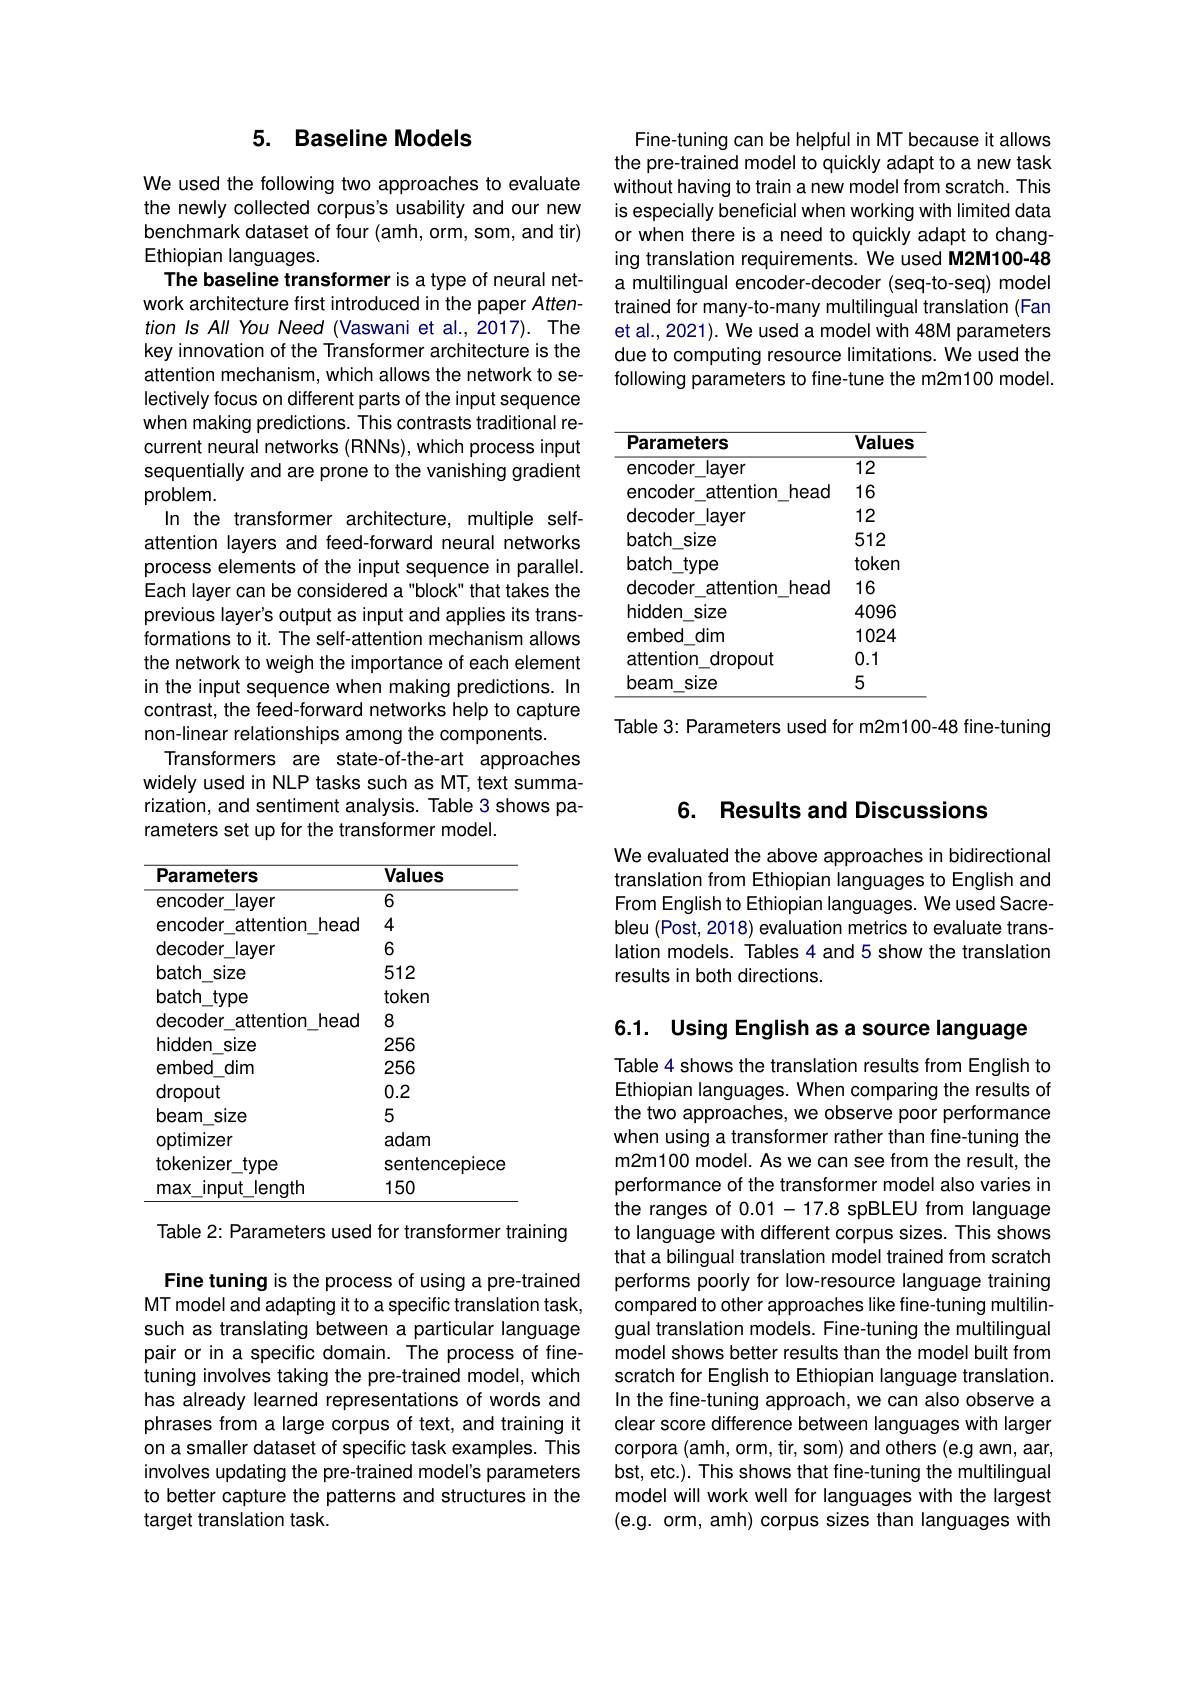
Fine-tuning can be helpful in MT because it allows the pre-trained model to quickly adapt to a new task without having to train a new model from scratch. This is especially beneficial when working with limited data or when there is a need to quickly adapt to changing translation requirements. We used M2M100-48 a multilingual encoder-decoder (seq-to-seq) model trained for many-to-many multilingual translation (Fan et al., 2021). We used a model with 48M parameters due to computing resource limitations. We used the following parameters to fine-tune the m2m100 model.

<table>
	<tbody>
		<tr>
			<th>Parameters</th>
			<th>Values</th>
		</tr>
		<tr>
			<td>encoder l layer</td>
			<td>$\overline{12}$</td>
		</tr>
		<tr>
			<td>encoder attention head</td>
			<td>16</td>
		</tr>
		<tr>
			<td>decoder layer</td>
			<td>12</td>
		</tr>
		<tr>
			<td>batch size</td>
			<td>512</td>
		</tr>
		<tr>
			<td>batch type </td>
			<td>token</td>
		</tr>
		<tr>
			<td>decoder attention n head</td>
			<td>16</td>
		</tr>
		<tr>
			<td>hidden size </td>
			<td>4096</td>
		</tr>
		<tr>
			<td>embed dim</td>
			<td>1024</td>
		</tr>
		<tr>
			<td>attention dropout</td>
			<td>0.1</td>
		</tr>
		<tr>
			<td>beam size</td>
			<td>5</td>
		</tr>
	</tbody>
</table>

Table 3: Parameters used for m2m100-48 fine-tuning

## 5. Baseline Models

We used the following two approaches to evaluate the newly collected corpus's usability and our new benchmark dataset of four (amh, orm, som, and tir) Ethiopian languages.
The baseline transformer is a type of neural network architecture first introduced in the paper Attention Is All You Need (Vaswani et al., 2017). The key innovation of the Transformer architecture is the attention mechanism, which allows the network to selectively focus on different parts of the input sequence when making predictions. This contrasts traditional recurrent neural networks (RNNs), which process input sequentially and are prone to the vanishing gradient problem.
In the transformer architecture, multiple selfattention layers and feed-forward neural networks process elements of the input sequence in parallel. Each layer can be considered a "block" that takes the previous layer's output as input and applies its transformations to it. The self-attention mechanism allows the network to weigh the importance of each element in the input sequence when making predictions. In contrast, the feed-forward networks help to capture non-linear relationships among the components.
Transformers are state-of-the-art approaches widely used in NLP tasks such as MT, text summarization, and sentiment analysis. Table 3 shows parameters set up for the transformer model.

<table>
	<tbody>
		<tr>
			<th>Parameters</th>
			<th>Values</th>
		</tr>
		<tr>
			<td>encoder layer</td>
			<td>6</td>
		</tr>
		<tr>
			<td>encoder attention head</td>
			<td>4</td>
		</tr>
		<tr>
			<td>decoder layer</td>
			<td>6</td>
		</tr>
		<tr>
			<td>batch size</td>
			<td>512</td>
		</tr>
		<tr>
			<td>batch type</td>
			<td>token</td>
		</tr>
		<tr>
			<td>decoder attention head</td>
			<td>8</td>
		</tr>
		<tr>
			<td>hidden size </td>
			<td>256</td>
		</tr>
		<tr>
			<td>embed dim</td>
			<td>256</td>
		</tr>
		<tr>
			<td>dropout</td>
			<td>0.2</td>
		</tr>
		<tr>
			<td>beam size</td>
			<td>5</td>
		</tr>
		<tr>
			<td>optimizer</td>
			<td>adam</td>
		</tr>
		<tr>
			<td>tokenizer $-type$</td>
			<td>sentencepiece</td>
		</tr>
		<tr>
			<td>max input lenath</td>
			<td>150</td>
		</tr>
	</tbody>
</table>

Table 2: Parameters used for transformer training

Fine tuning is the process of using a pre-trained MT model and adapting it to a specific translation task, such as translating between a particular language pair or in a specific domain. The process of finetuning involves taking the pre-trained model, which has already learned representations of words and phrases from a large corpus of text, and training it on a smaller dataset of specific task examples. This involves updating the pre-trained model's parameters to better capture the patterns and structures in the target translation task.

### 6. Results and Discussions

We evaluated the above approaches in bidirectional translation from Ethiopian languages to English and From English to Ethiopian languages. We used Sacrebleu (Post, 2018) evaluation metrics to evaluate translation models. Tables 4 and 5 show the translation results in both directions.

6.1. Using English as a source language

Table 4 shows the translation results from English to Ethiopian languages. When comparing the results of the two approaches, we observe poor performance when using a transformer rather than fine-tuning the m2m100 model. As we can see from the result, the performance of the transformer model also varies in the ranges of 0.01-17.8 spBLEU from language to language with different corpus sizes. This shows that a bilingual translation model trained from scratch performs poorly for low-resource language training compared to other approaches like fine-tuning multilingual translation models. Fine-tuning the multilingual model shows better results than the model built from scratch for English to Ethiopian language translation. In the fine-tuning approach, we can also observe a clear score difference between languages with larger corpora (amh, orm, tir, som) and others (e.g awn, aar bst, etc.). This shows that fine-tuning the multilingual model will work well for languages with the largest (e.g. orm, amh) corpus sizes than languages with